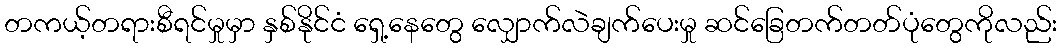
တကယ့်တရားစီရင်မှုမှာ နှစ်နိုင်ငံ ရှေ့နေတွေ လျှောက်လဲချက်ပေးမှု ဆင်ခြေတက်တတ်ပုံတွေကိုလည်း